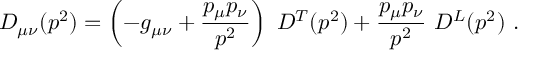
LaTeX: D _ { \mu \nu } ( p ^ { 2 } ) = \left( - g _ { \mu \nu } + \frac { p _ { \mu } p _ { \nu } } { p ^ { 2 } } \right) \ D ^ { T } ( p ^ { 2 } ) + \frac { p _ { \mu } p _ { \nu } } { p ^ { 2 } } \ D ^ { L } ( p ^ { 2 } ) \ .